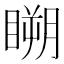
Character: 𥉮